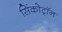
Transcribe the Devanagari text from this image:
सिंकोट्रॉन